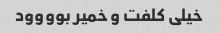
خیلی کلفت و خمیر بوووود